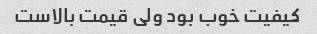
کیفیت خوب بود ولی قیمت بالاست